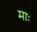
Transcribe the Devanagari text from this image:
माः